Annual administration report of the Civil Veterinary Department of India - 1895-1896
Year: 1895
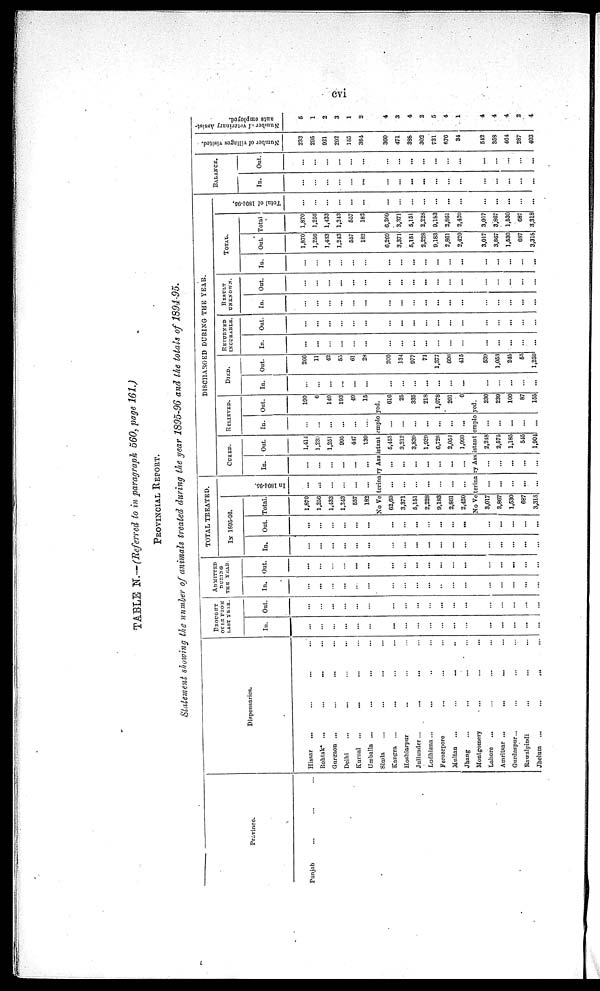
cvi
TABLE N.—(Referred to in paragraph 560, page 161.)
PROVINCIAL REPORT.
Statement showing the number of animals treated during the year 1895-96 and the totals of 1894-95.
Province.
Punjab ... ... ...
Dispensaries.
Hissar ... ... ... ...
Rohtak ... ... ... ...
Gurgaon ... ... ... ...
Delhi ... ... ... ...
Kurnal ... ... ... ...
Umballa ... ... ... ...
Simla ... ... ... ...
Kangra ... ... ... ...
Hoshiarpur ... ... ... ...
Jullunder ... ... ... ...
Ludhiana. ... ... ... ...
Ferozepore ... ... ... ...
Multan ... ... ... ...
Jhang ... ... ... ...
Montgomery ... ... ... ...
Lahore ... ... ... ...
Amritsar ... ... ... ...
Gurdaspur ... ... ... ...
Rawalpindi ... ... ... ...
Jhelum ... ... ... ...
BROUGHT
OVER FROM
LAST YEAR.
In.
Out.
...
...
...
...
...
...
...
...
...
...
...
...
...
...
...
...
...
...
...
ADMITTED
DURING
THE
YEAR.
In.
...
......
...
...
...
...
...
...
...
...
.....
...
...
...
...
...
...
...
Out.
...
...
...
...
...
...
...
...
...
...
...
...
...
...
...
...
...
...
TOTAL TREATED.
In 1895-06.
In.
...
...
...
...
...
...
...
...
...
...
...
...
...
...
...
...
...
...
Out.
...
...
...
...
...
...
...
...
...
...
...
...
...
...
...
...
...
...
Total
1,870
1,250
1,433
1.243
657
182
In 1801- 05.
...
...
...
...
...
...
DISCHARGED DURING THE YEAR
CURED.
In.
...
...
...
...
...
...
Out.
1,414
1,239
1,251
095
447
139
RELIEVED.
In.
...
...
...
...
...
...
Out.
190
6
140
193
49
15
DIED.
In.
...
...
...
...
...
......
No Ve terina ry Ass istant emplo yed.
62,69
3,371
5,151
2,228
9,183
2,861
2,420
...
...
...
...
...
...
...
...
...
...
...
...
...
...
5,453
3,212
3,839
1,939
6,726
2,051
1,099
...
...
...
....
....
...
..
616
25
335
218
1,078
201
6
No Ve terina ry Ass istant emplo yed.
3,017
3,867
1,530
687
3,318
...
...
...
...
...
...
...
...
...
...
2,248
2,575
1,185
515
1,904
...
...
...
...
...
230
239
100
87
155
...
...
...
...
...
...
....
...
...
...
...
...
Out.
260
11
42
55
61
28
200
134
977
71
1,377
606
415
539
1,053
245
65
1,259
RETURNED
In.
...
...
...
...
...
...
...
...
...
...
...
...
...
...
...
...
...
...
Out.
...
...
...
...
...
...
...
...
...
...
...
...
...
...
...
...
...
...
RESULT
UNKOWN.
In.
...
...
...
...
...
...
...
...
...
...
...
...
...
...
...
...
...
...
Out.
...
...
...
...
...
...
...
...
...
...
...
...
...
...
...
...
...
...
TOTAL
In.
...
...
...
...
...
...
...
...
......
...
...
...
...
...
...
Out.
1,870
1,250
1,433
1,243
557
182
6,269
3,371
5,151
2,228
9,183
2,861
2,420
3,017
3,867
1,530
687
3,318
Total
1,870
1,256
1,433
1,243
657
182
6,269
3,371
6,151
2,228
9,183
2,861
2,420
3,017
3,867
1,530
687
3,318
Total of 1804-95.
...
...
...
...
...
...
...
...
...
...
...
...
...
...
...
...
...
...
BALANCE.
In.
...
...
...
...
...
...
...
...
...
...
...
...
...
...
...
...
...
...
Out.
...
...
...
...
...
...
...
...
...
...
...
...
...
...
...
...
...
...
Number of villages visited.
233
205
921
202
155
364
360
471
388
302
731
670
34
542
358
464
287
403
Number of veterinary Assist-
ants employed.
6
1
2
3
1
2
4
3
4
2
5
4
1
4
4
4
2
4